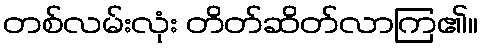
တစ်လမ်းလုံး တိတ်ဆိတ်လာကြ၏။